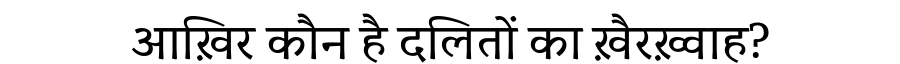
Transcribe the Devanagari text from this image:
आख़िर कौन है दलितों का ख़ैरख़्वाह?